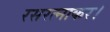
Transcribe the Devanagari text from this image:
रसरत्नाकर।